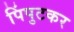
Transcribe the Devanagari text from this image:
पिंपुटकर